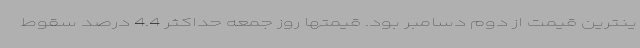
ینترین قیمت از دوم دسامبر بود. قیمتها روز جمعه حداکثر 4.4 درصد سقوط